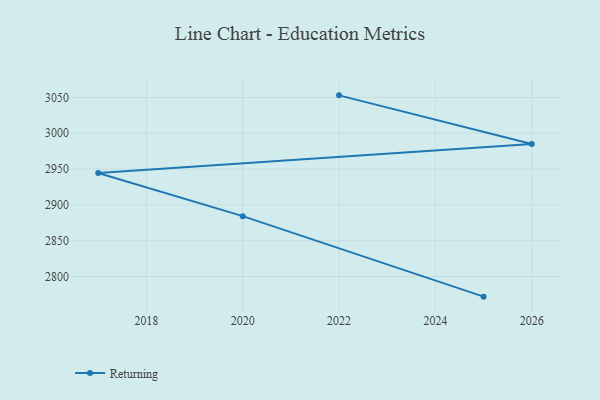
{"axis": {"x": "Year", "y": "Conversion Rate (%)"}, "legend": ["Returning"], "data": [{"x": "2022", "y": 3052.9, "type": "Returning"}, {"x": "2026", "y": 2984.9, "type": "Returning"}, {"x": "2017", "y": 2944.4, "type": "Returning"}, {"x": "2020", "y": 2884.3, "type": "Returning"}, {"x": "2025", "y": 2771.9, "type": "Returning"}]}